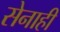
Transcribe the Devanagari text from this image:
सेनाही